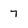
Character: 7